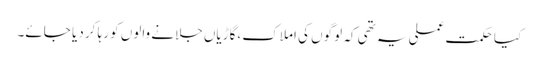
کیا حکمت عملی یہ تھی کہ لوگوں کی املاک ،گاڑیاں جلانے والوں کو رہا کر دیا جائے۔